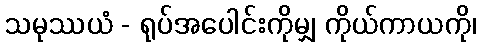
သမုဿယံ - ရုပ်အပေါင်းကိုမျှ ကိုယ်ကာယကို၊